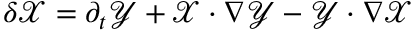
\delta \mathcal { X } = \partial _ { t } \mathcal { Y } + \mathcal { X } \cdot \nabla \mathcal { Y } - \mathcal { Y } \cdot \nabla \mathcal { X }